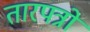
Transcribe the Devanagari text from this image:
तारपत्रों